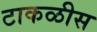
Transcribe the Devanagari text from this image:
टाकळीस